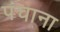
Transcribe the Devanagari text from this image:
पंचाना